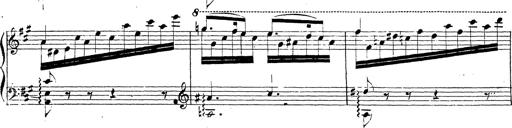
Title: Chanson bohÃ©mienne
Composer: Franz Liszt